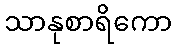
သာနုစာရိကော